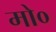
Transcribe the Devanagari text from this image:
मो०